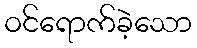
ဝင်ရောက်ခဲ့သော